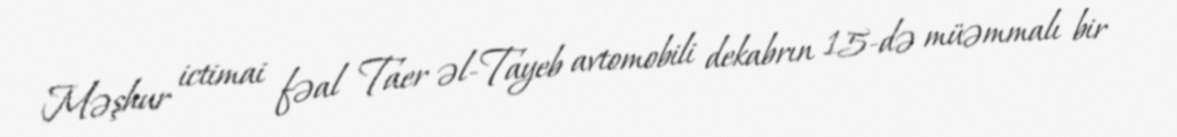
Məşhur ictimai fəal Taer əl-Tayeb avtomobili dekabrın 15-də müəmmalı bir